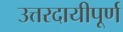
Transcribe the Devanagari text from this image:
उत्तरदायीपूर्ण